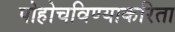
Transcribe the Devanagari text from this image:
पोहोचविण्याकरिता